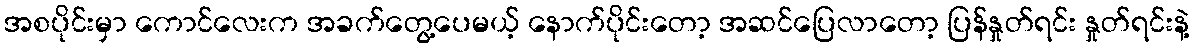
အစပိုင်းမှာ ကောင်လေးက အခက်တွေ့ပေမယ့် နောက်ပိုင်းတော့ အဆင်ပြေလာတော့ ပြန်နှုတ်ရင်း နှုတ်ရင်းနဲ့